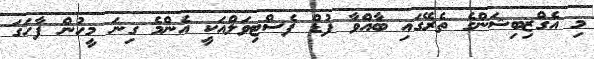
މި އެގްޒިބިޝަންގެ ތެރޭގައި ބާއްވާ ފުޑް ފެސްޓިވަލްއަކީ އެންމެ ގިނަ މީހުން ފާހަގަ